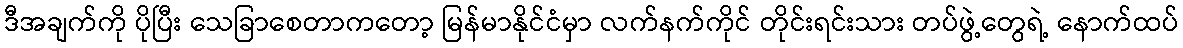
ဒီအချက်ကို ပိုပြီး သေခြာစေတာကတော့ မြန်မာနိုင်ငံမှာ လက်နက်ကိုင် တိုင်းရင်းသား တပ်ဖွဲ့တွေရဲ့ နောက်ထပ်